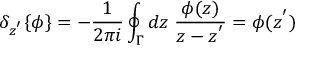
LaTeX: { \delta } _ { z ^ { ' } } \{ \phi \} = - \frac { 1 } { 2 \pi i } \oint _ { \Gamma } d z \; \frac { \phi ( z ) } { z - z ^ { ' } } = \phi ( z ^ { ' } )